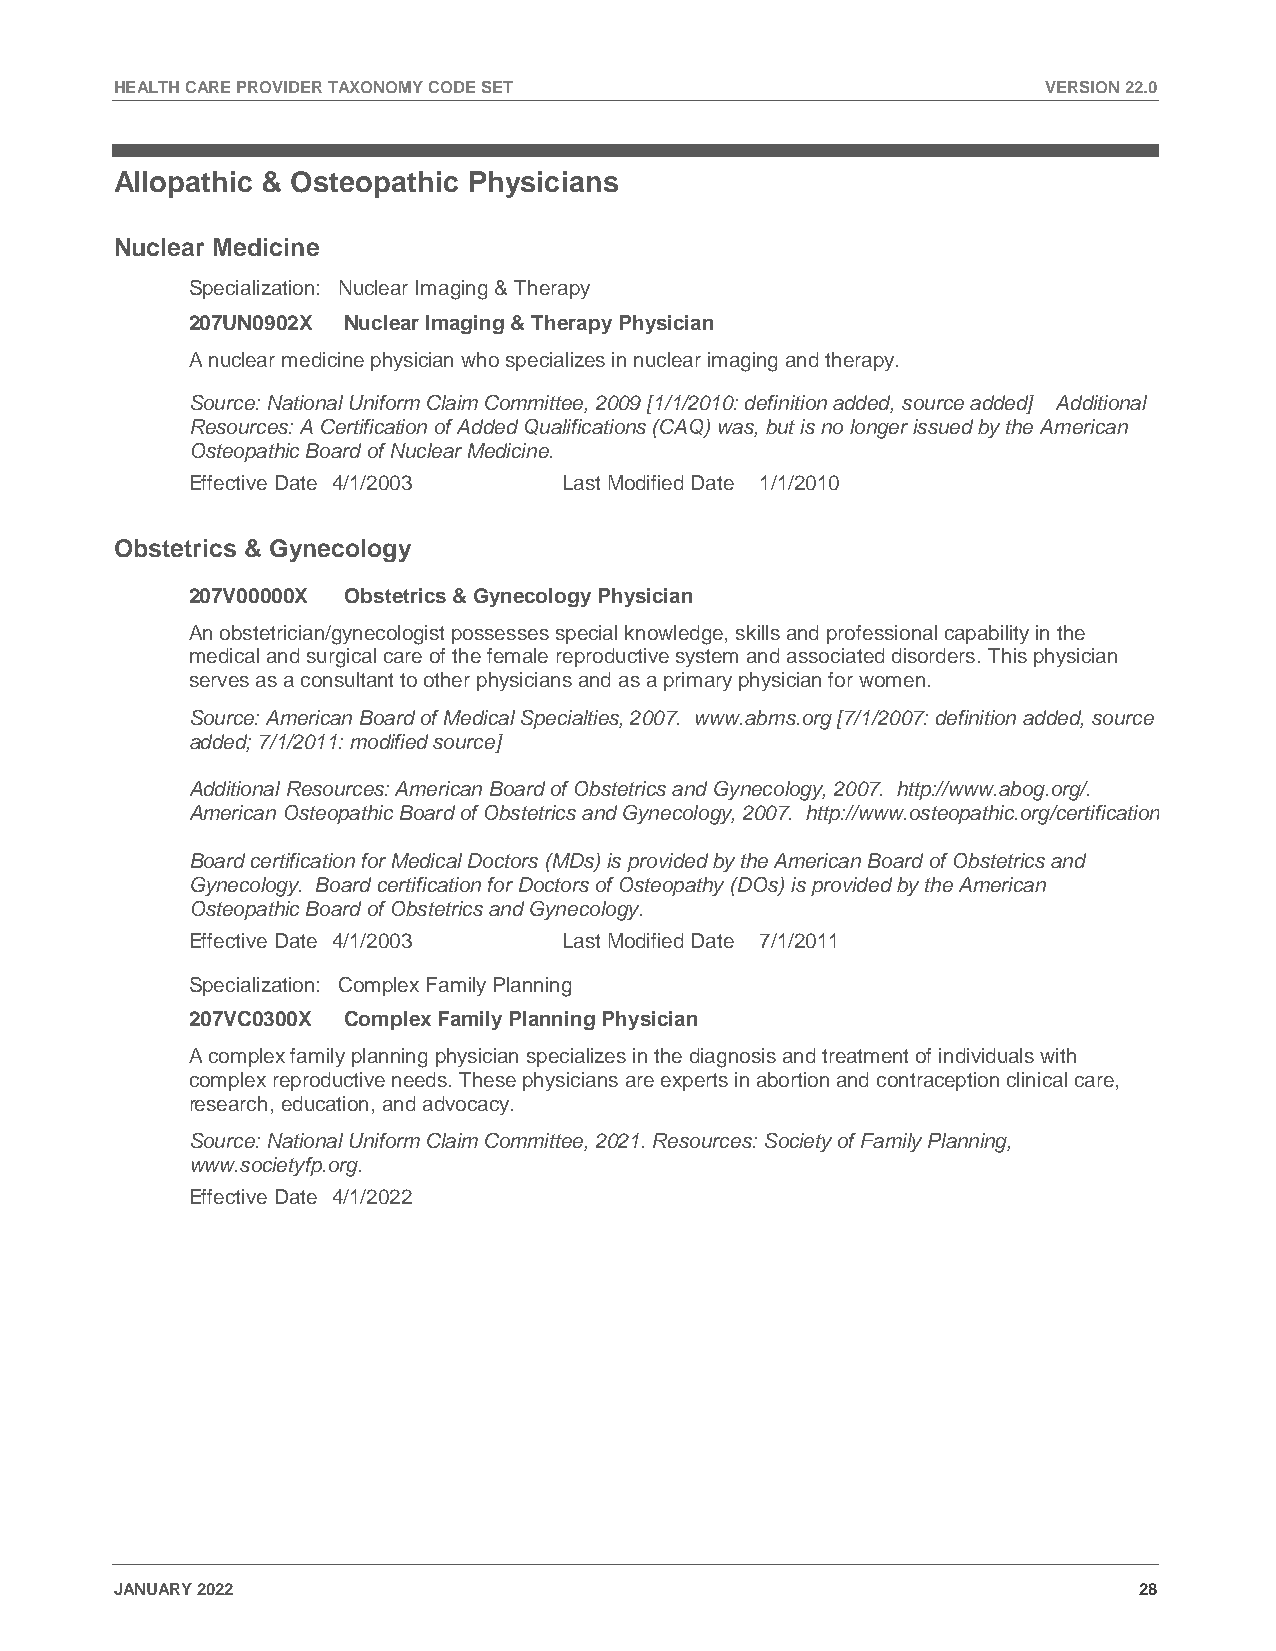
HEALTH CARE PROVIDER TAXONOMY CODE SET                       VERSION 22.0
 Allopathic & Osteopathic Physicians
 Nuclear Medicine
 Specialization: Nuclear Imaging & Therapy
 207UN0902X Nuclear Imaging & Therapy Physician
 A nuclear medicine physician who specializes in nuclear imaging and therapy.
 Source: National Uniform Claim Committee, 2009 [1/1/2010: definition added, source added] Additional
 Resources: A Certification of Added Qualifications (CAQ) was, but is no longer issued by the American
 Osteopathic Board of Nuclear Medicine.
 Effective Date 4/1/2003  Last Modified Date 1/1/2010
 Obstetrics & Gynecology
 207V00000X Obstetrics & Gynecology Physician
 An obstetrician/gynecologist possesses special knowledge, skills and professional capability in the
 medical and surgical care of the female reproductive system and associated disorders. This physician
 serves as a consultant to other physicians and as a primary physician for women.
 Source: American Board of Medical Specialties, 2007. www.abms.org [7/1/2007: definition added, source
 added; 7/1/2011: modified source]
 Additional Resources: American Board of Obstetrics and Gynecology, 2007. http://www.abog.org/.
 American Osteopathic Board of Obstetrics and Gynecology, 2007. http://www.osteopathic.org/certification
 Board certification for Medical Doctors (MDs) is provided by the American Board of Obstetrics and
 Gynecology. Board certification for Doctors of Osteopathy (DOs) is provided by the American
 Osteopathic Board of Obstetrics and Gynecology.
 Effective Date 4/1/2003  Last Modified Date 7/1/2011
 Specialization: Complex Family Planning
 207VC0300X Complex Family Planning Physician
 A complex family planning physician specializes in the diagnosis and treatment of individuals with
 complex reproductive needs. These physicians are experts in abortion and contraception clinical care,
 research, education, and advocacy.
 Source: National Uniform Claim Committee, 2021. Resources: Society of Family Planning,
 www.societyfp.org.
 Effective Date 4/1/2022
 JANUARY 2022                                                       28